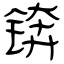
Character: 锛